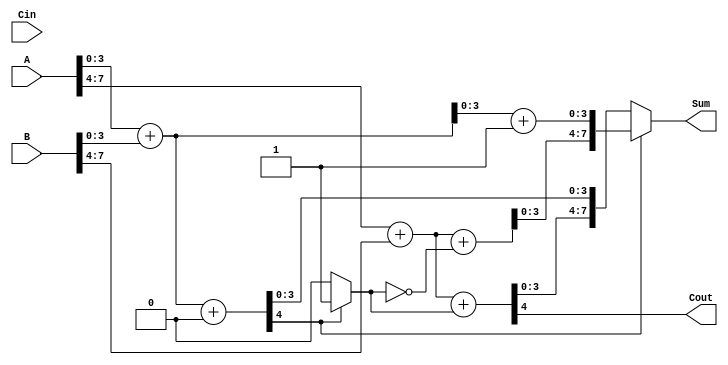
module CarrySelectAdder(
    input      [7:0] A,         // 8-bit input A
    input      [7:0] B,         // 8-bit input B
    input             Cin,       // Carry-in
    output reg [7:0] Sum,        // 8-bit Sum output
    output reg       Cout        // Carry-out output
);
    wire [3:0] Sum0_0, Sum0_1, Sum1_0, Sum1_1;
    wire       Cout0, Cout1;
    wire       carry_out1;

    // Segment 1 (LSB) for A[3:0] and B[3:0]
    // Adder for Cin = 0
    assign {Cout0, Sum0_0} = A[3:0] + B[3:0] + 1'b0;
    
    // Adder for Cin = 1
    assign {Cout1, Sum0_1} = A[3:0] + B[3:0] + 1'b1;

    // Segment 2 for A[7:4] and B[7:4]
    // Multiplexer to select the correct sum based on carry out from segment 1
    assign carry_out1 = Cout0; // Carry out for the first segment

    // Adder outputs for the second segment based on carry_out1
    wire carry = carry_out1 ? 1'b1 : 1'b0;

    // Adder for Cin = 0
    wire [3:0] Sum1_0;
    assign {Cout, Sum1_0} = A[7:4] + B[7:4] + carry;

    // Adder for Cin = 1
    wire [3:0] Sum1_1;
    assign {Cout, Sum1_1} = A[7:4] + B[7:4] + ~carry;

    // Select the final sum and cout
    always @(*) begin
        if (carry_out1) begin
            Sum = {Sum1_1, Sum0_1}; // If carry out is 1, select sum with Cin = 1
        end else begin
            Sum = {Sum1_0, Sum0_0}; // If carry out is 0, select sum with Cin = 0
        end
    end

endmodule